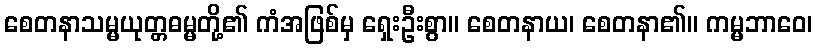
စေတနာသမ္မယုတ္တဓမ္မတို့၏ ကံအဖြစ်မှ ရှေးဦးစွာ။ စေတနာယ၊ စေတနာ၏။ ကမ္မဘာဝေ၊